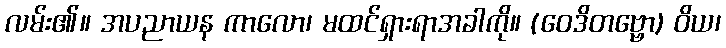
လမ်း၏။ အပညာယန ကာလော၊ မထင်ရှားရာအခါကို။ (ဝေဒိတဗ္ဗော) ဝိယ၊